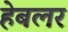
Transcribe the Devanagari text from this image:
हेबलर